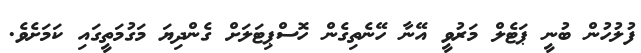
ފުލުހުން ބުނީ ޕަޓެލް މަރުވީ އޭނާ ހޭނެތިގެން ހޮސްޕިޓަލަށް ގެންދިޔަ މަގުމަތީގައި ކަމަށެވެ.